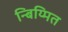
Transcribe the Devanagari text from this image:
न्बिय्मित